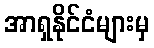
အာရှနိုင်ငံများမှ